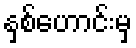
နှစ်ဟောင်းမှ